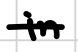
Text: in
Cross-out: single-line
Writing tool: digital_black